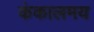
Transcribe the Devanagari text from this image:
कंकालमय